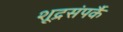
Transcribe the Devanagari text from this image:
शूद्रसंपर्कै